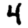
Digit: 4